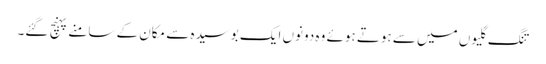
تنگ گلیوں میں سے ہوتے ہوئے وہ دونوں ایک بوسیدہ سے مکان کے سامنے پہنچ گئے۔